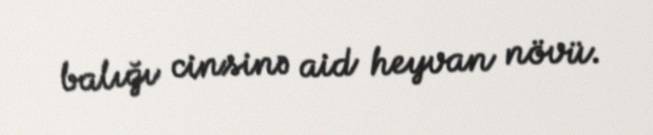
balığı cinsinə aid heyvan növü.